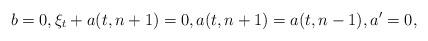
LaTeX: \begin{align*}\begin{aligned}b=0,\xi_t+a(t,n+1)=0,a(t,n+1)=a(t,n-1),a'=0,\end{aligned}\end{align*}